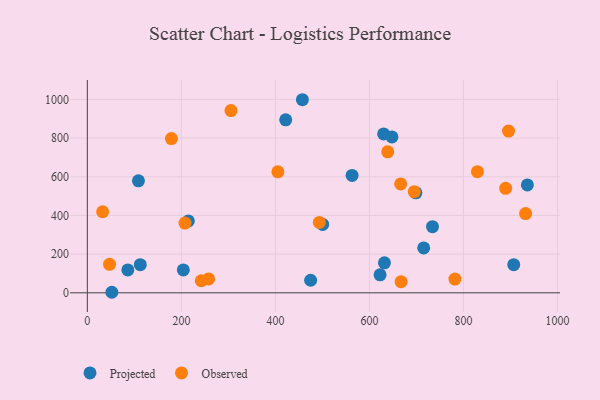
{"axis": {"x": "Ad Spend", "y": "Rating"}, "legend": ["Observed", "Projected"], "data": [{"x": "715.4", "y": 232.3, "type": "Projected"}, {"x": "86.1", "y": 118.4, "type": "Projected"}, {"x": "906.9", "y": 145.4, "type": "Projected"}, {"x": "108.7", "y": 579.1, "type": "Projected"}, {"x": "204.1", "y": 118.3, "type": "Projected"}, {"x": "622.6", "y": 93.3, "type": "Projected"}, {"x": "52.1", "y": 2.8, "type": "Projected"}, {"x": "457.4", "y": 998.7, "type": "Projected"}, {"x": "698.8", "y": 517.1, "type": "Projected"}, {"x": "112.6", "y": 145.7, "type": "Projected"}, {"x": "631.9", "y": 155.0, "type": "Projected"}, {"x": "214.8", "y": 371.7, "type": "Projected"}, {"x": "630.2", "y": 821.6, "type": "Projected"}, {"x": "421.9", "y": 894.8, "type": "Projected"}, {"x": "563.1", "y": 607.3, "type": "Projected"}, {"x": "647.9", "y": 806.4, "type": "Projected"}, {"x": "935.9", "y": 557.8, "type": "Projected"}, {"x": "500.5", "y": 353.8, "type": "Projected"}, {"x": "474.9", "y": 64.9, "type": "Projected"}, {"x": "734.1", "y": 342.2, "type": "Projected"}, {"x": "638.8", "y": 729.4, "type": "Observed"}, {"x": "47.2", "y": 147.4, "type": "Observed"}, {"x": "829.7", "y": 626.4, "type": "Observed"}, {"x": "932.1", "y": 409.7, "type": "Observed"}, {"x": "493.4", "y": 364.3, "type": "Observed"}, {"x": "889.7", "y": 540.3, "type": "Observed"}, {"x": "258.1", "y": 71.6, "type": "Observed"}, {"x": "242.3", "y": 62.4, "type": "Observed"}, {"x": "781.8", "y": 71.2, "type": "Observed"}, {"x": "666.5", "y": 563.1, "type": "Observed"}, {"x": "32.5", "y": 419.2, "type": "Observed"}, {"x": "405.2", "y": 626.0, "type": "Observed"}, {"x": "667.3", "y": 57.5, "type": "Observed"}, {"x": "305.5", "y": 942.6, "type": "Observed"}, {"x": "895.9", "y": 836.3, "type": "Observed"}, {"x": "207.7", "y": 360.6, "type": "Observed"}, {"x": "178.8", "y": 797.8, "type": "Observed"}, {"x": "695.3", "y": 523.1, "type": "Observed"}]}